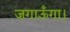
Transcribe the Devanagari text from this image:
जगाऊँगा।